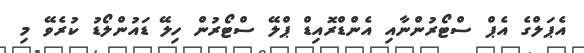
އެޕަލްގެ އެޕް ސްޓޯރުންނާއި އެންޑްރޮއިޑް ޕްލޭ ސްޓޯރުން ހިލޭ ޑައުންލޯޑު ކުރެވޭ މި